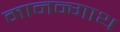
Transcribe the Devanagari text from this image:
मानन्गाथ